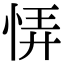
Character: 𢙱